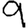
Digit: 9